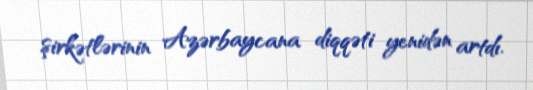
şirkətlərinin Azərbaycana diqqəti yenidən artdı.